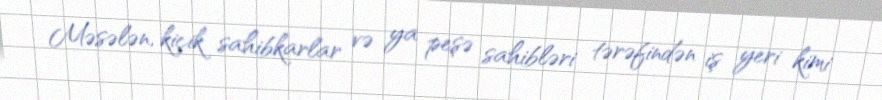
Məsələn, kiçik sahibkarlar və ya peşə sahibləri tərəfindən iş yeri kimi